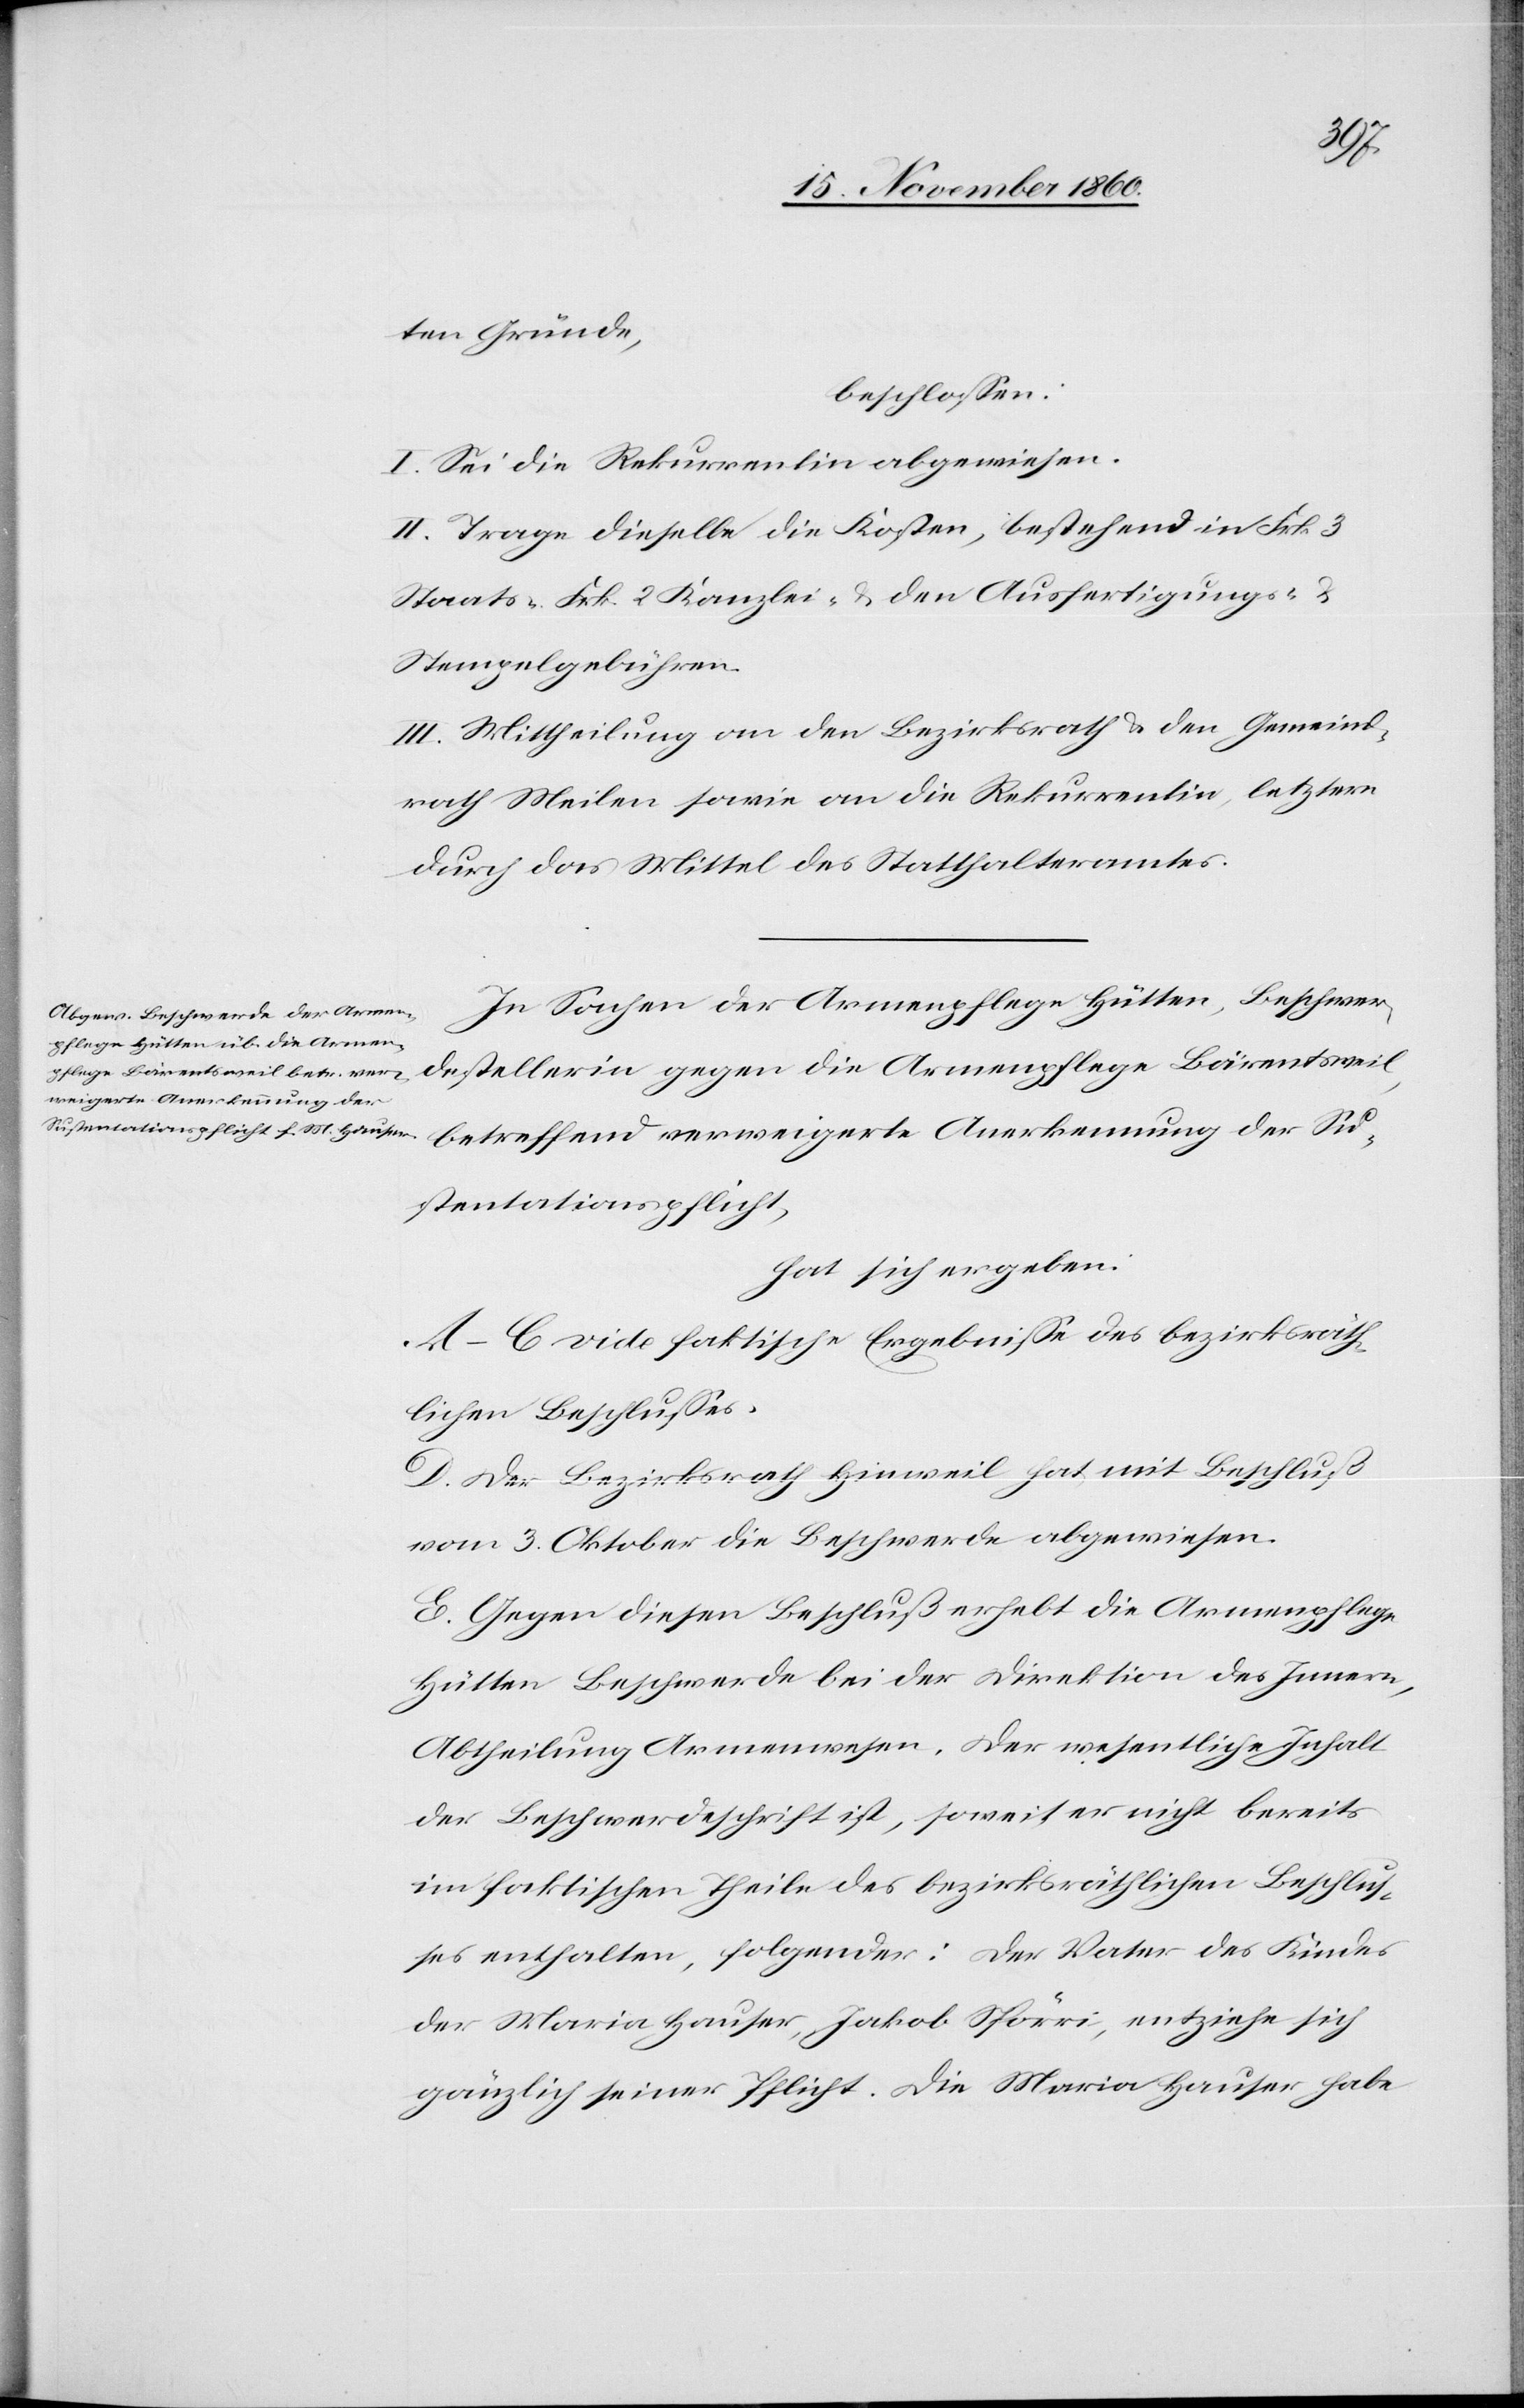
ten Gründe,
beschlossen:
I. Sei die Rekurrentin abgewiesen.
II. Trage dieselbe die Kosten, bestehend in Frk. 3
Staats- Frk. 2 Kanzlei- u. den Ausfertigungs- u.
Stempelgebühren.
III. Mittheilung an den Bezirksrath u. den Gemeind¬
rath Meilen sowie an die Rekurrentin, letztern
durch das Mittel des Statthalteramtes.
In Sachen der Armenpflege Hütte, Beschwer¬
destellerin gegen die Armenpflege Bärentsweil,
betreffend verweigerte Anerkennung der Su¬
stentationspflicht,
hat sich ergeben:
A–C vide faktische Ergebnisse des bezirksräth¬
lichen Beschlusses.
D. Der Bezirksrath Hinweil hat mit Beschluß
vom 3. Oktober die Beschwerde abgewiesen.
E. Gegen diesen Beschluß erhebt die Armenpflege
Hütten Beschwerde bei der Direktion des Innern,
Abtheilung Armenwesen. Der wesentliche Inhalt
der Beschwerdeschrift ist, soweit er nicht bereits
im faktischen Theile des bezirksräthlichen Beschlus¬
ses enthalten, folgender: Der Vater des Kindes
der Maria Hauser, Jakob Spörri, entziehe sich
gänzlich seiner Pflicht. Die Maria Hauser habe